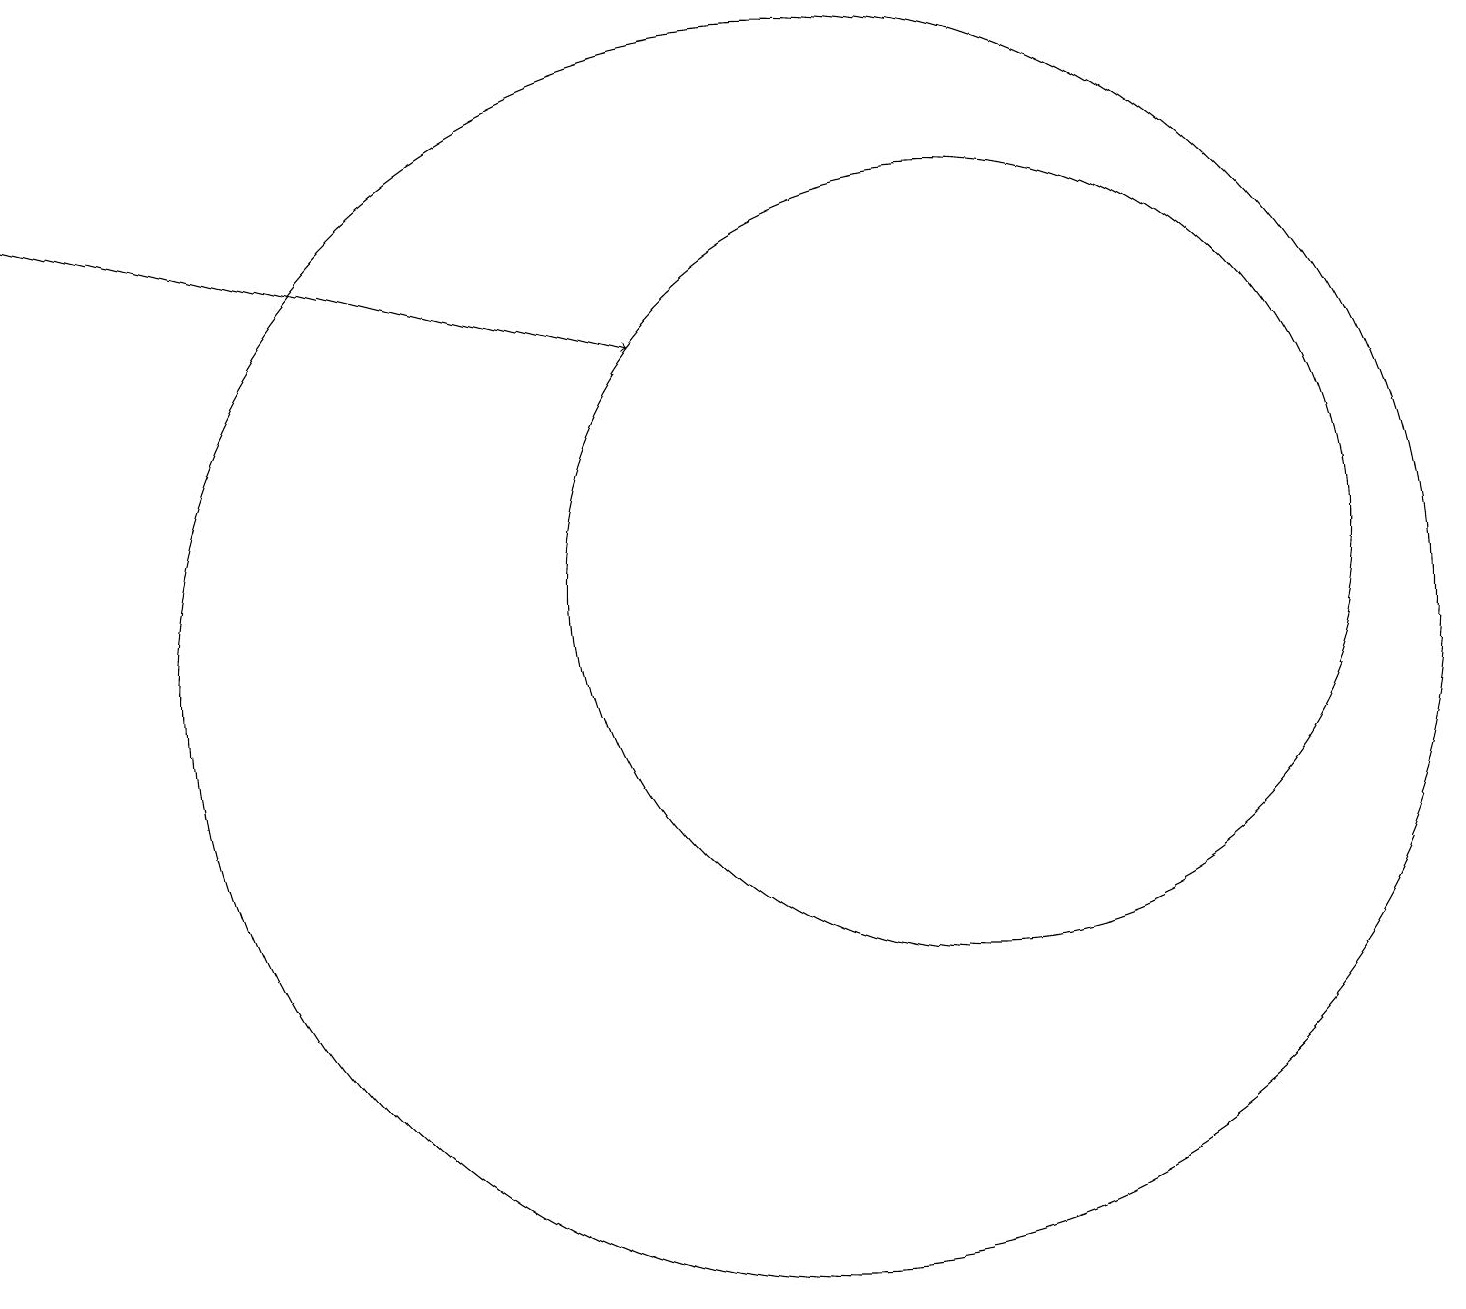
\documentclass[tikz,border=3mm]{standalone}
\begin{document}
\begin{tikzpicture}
\draw[->] (0,16) -- (8,14);
\draw (10,10) circle (8);
\draw (10,11) circle (0);
\draw (12,11) circle (5);
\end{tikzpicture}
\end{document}